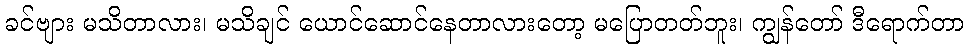
ခင်ဗျား မသိတာလား၊ မသိချင် ယောင်ဆောင်နေတာလားတော့ မပြောတတ်ဘူး၊ ကျွန်တော် ဒီရောက်တာ